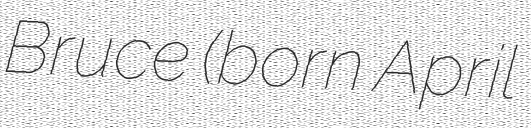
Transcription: Bruce (born April